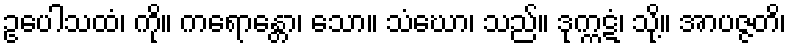
ဥပေါသထံ၊ ကို။ ကရောန္တော၊ သော။ သံဃော၊ သည်။ ဒုက္ကဋံ၊ သို့။ အာပဇ္ဇတိ၊